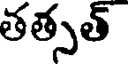
తత్సత్